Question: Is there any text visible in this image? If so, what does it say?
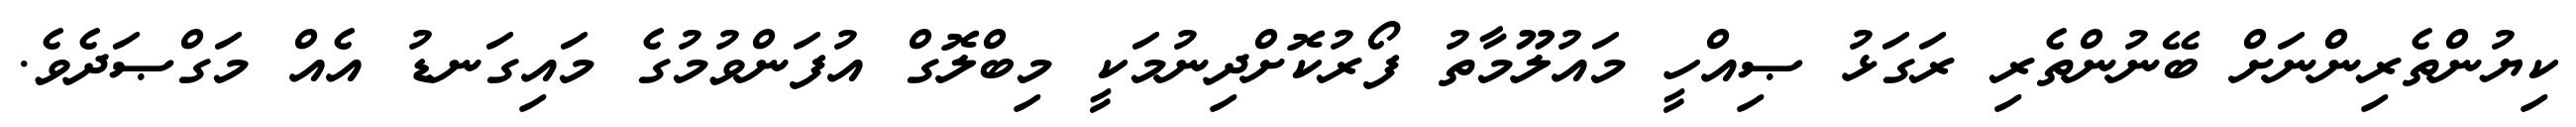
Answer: ކިޔުންތެރިންނަށް ބޭނުންތެރި ރަގަޅު ޞިއްހީ މައުލޫމާތު ފޯރުކޮށްދިނުމަކީ މިބްލޮގް އުފަންވުމުގެ މައިގަނޑު އެއް މަގްޞަދެވެ.